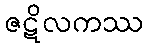
ဇဋိလကဿ